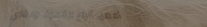
أفضل أنواع القهوة والشاي